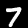
Label: 7